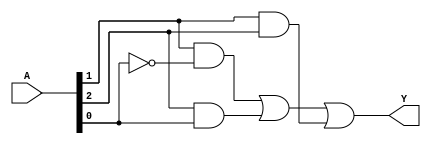
module combinational_logic_block (
    input wire [2:0] A,  // 3 input variables
    output wire Y        // 1 output variable
);

// Internal signals for intermediate logic
wire A0, A1, A2;
wire term1, term2, term3;

// Assume the minimized expression is Y = A1 & ~A0 | A2 & A0 | A1 & A2
// This is just an example; the actual expression should come from your minimization process

// Logic implementation
assign A0 = A[0]; // Assign input bits to internal signals
assign A1 = A[1];
assign A2 = A[2];

// Define the terms based on the minimized expression
assign term1 = A1 & ~A0;  // A1 AND NOT A0
assign term2 = A2 & A0;   // A2 AND A0
assign term3 = A1 & A2;   // A1 AND A2

// Final output Y is the OR of the terms
assign Y = term1 | term2 | term3;

endmodule